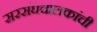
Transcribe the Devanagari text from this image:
सरसंघचालकांची